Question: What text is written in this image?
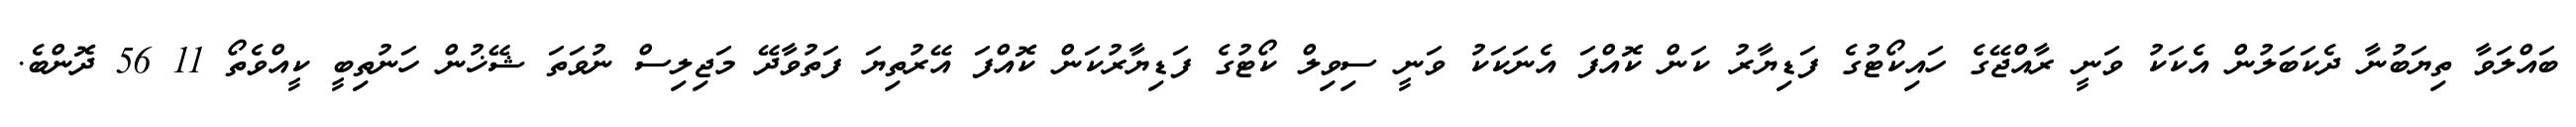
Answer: ބައްލަވާ ތިޔަބުނާ ދެކަބަލުން އެކަކު ވަނީ ރާއްޖޭގެ ހައިކޯޓުގެ ފަޑިޔާރު ކަން ކޮއްފަ އެނަކަކު ވަނީ ސިވިލް ކޯޓުގެ ފަޑިޔާރުކަން ކޮއްފަ އޭރުތިޔަ ފަތުވާދޭ މަޖިލިސް ނުވަތަ ޝޭޚުން ހަނުތިބީ ކީއްވެތޯ 11 56 ދޮންބެ.